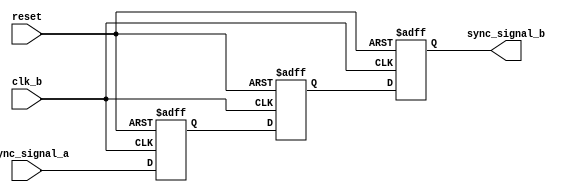
module signal_level_crossing_synchronizer (
    input wire clk_b,          // Clock for Domain B
    input wire async_signal_a, // Asynchronous input signal from Domain A
    input wire reset,          // Optional reset signal
    output reg sync_signal_b   // Synchronized output signal in Domain B
);

    // Internal signals for the two flip-flops
    reg ff1, ff2;

    // Synchronous process for Domain B
    always @(posedge clk_b or posedge reset) begin
        if (reset) begin
            ff1 <= 1'b0; // Initialize ff1 on reset
            ff2 <= 1'b0; // Initialize ff2 on reset
            sync_signal_b <= 1'b0; // Initialize output on reset
        end else begin
            ff1 <= async_signal_a; // Sample the asynchronous signal
            ff2 <= ff1;            // Pass the sampled signal to the second flip-flop
            sync_signal_b <= ff2;  // Output the synchronized signal
        end
    end

endmodule